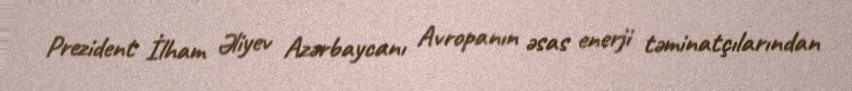
Prezident İlham Əliyev Azərbaycanı Avropanın əsas enerji təminatçılarından